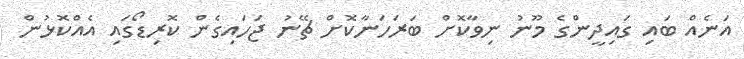
އަނެއް ބައި ގައިދީންގެ މޫނު ނިވާކޮށް ބަރަހަނާކޮށް ޗޭނު ޖަހައިގެން ކޮރިޑޯގައި އެއްކޮޅުން